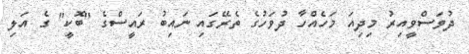
ދުވަސްވީއިރު މިދިއަ މަހެއްހާ ދުވަހުގެ ތެރޭގައި ނައިބު ރައީސްގެ "ބޮކީ" ގެ އަލި